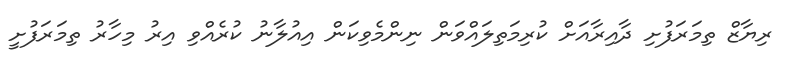
ރިޔާޒް ތިމަރަފުށި ދާއިރާއަށް ކުރިމަތިލައްވަން ނިންމެވިކަން އިއުލާނު ކުރެއްވި އިރު މިހާރު ތިމަރަފުށީ